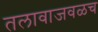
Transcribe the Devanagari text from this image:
तलावाजवळच